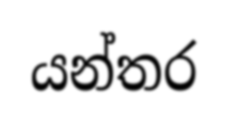
යන්තර